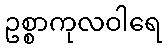
ဥစ္စာကုလဝါရေ